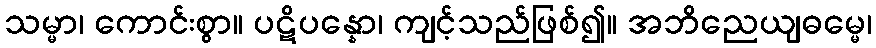
သမ္မာ၊ ကောင်းစွာ။ ပဋိပန္နော၊ ကျင့်သည်ဖြစ်၍။ အဘိညေယျဓမ္မေ၊